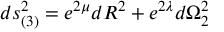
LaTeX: d s _ { ( 3 ) } ^ { 2 } = e ^ { 2 \mu } d R ^ { 2 } + e ^ { 2 \lambda } d { \Omega } _ { 2 } ^ { 2 }